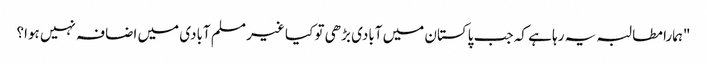
"ہمارا مطالبہ یہ رہا ہے کہ جب پاکستان میں آبادی بڑھی تو کیا غیر مسلم آبادی میں اضافہ نہیں ہوا؟